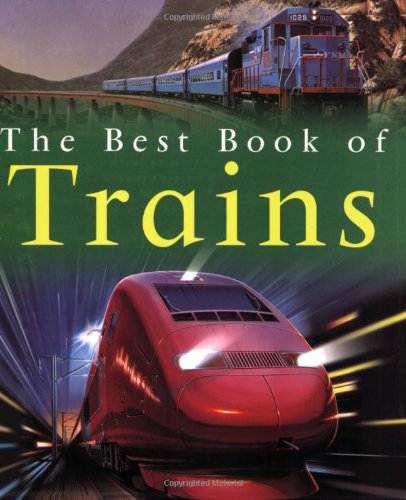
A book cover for The Best Book of Trains (Best Books of); Richard Balkwill; Children's Books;